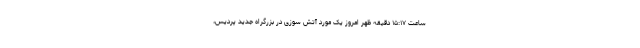
ساعت ١۵:١٧ دقیقه ظهر امروز یک مورد آتش سوزی در بزرگراه جدید پردیس،